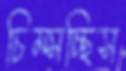
চিম্‌সচ্ছিস